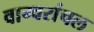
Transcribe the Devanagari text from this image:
वाग्वरांचल